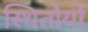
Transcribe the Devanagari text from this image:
स्थितोयों